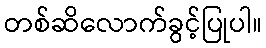
တစ်ဆိလောက်ခွင့်ပြုပါ။